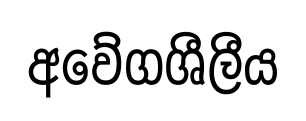
අවේගශීලීය